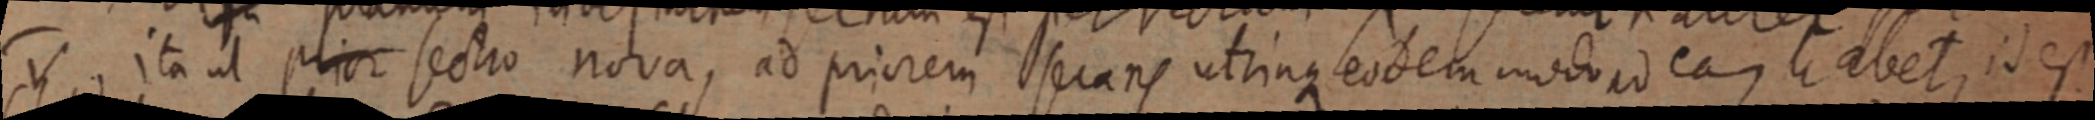
v, ita ut prior sectio nova, ad priorem secans utrinque eodem modo ad eam habet, id est